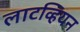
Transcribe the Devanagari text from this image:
लाटव्हियन